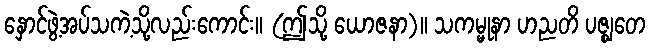
နှောင်ဖွဲ့အပ်သကဲ့သို့လည်းကောင်း။ (ဤသို့ ယောဇနာ)။ သကမ္မုနာ ဟညတိ ပဇ္ဈတေ